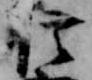
信